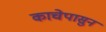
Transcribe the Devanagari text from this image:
काचेपासुन